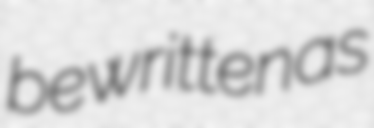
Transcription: be written as